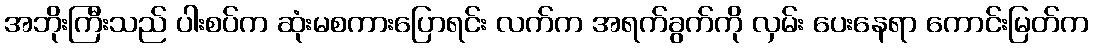
အဘိုးကြီးသည် ပါးစပ်က ဆုံးမစကားပြောရင်း လက်က အရက်ခွက်ကို လှမ်း ပေးနေရာ ကောင်းမြတ်က